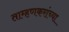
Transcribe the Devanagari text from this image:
ताम्हणकरांच्या